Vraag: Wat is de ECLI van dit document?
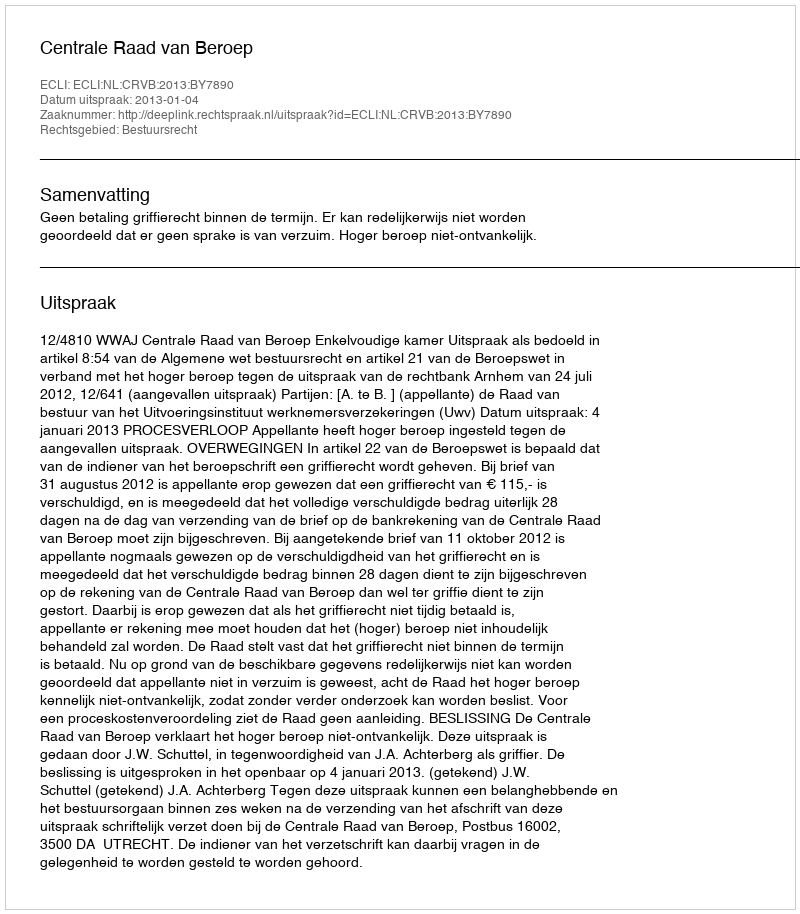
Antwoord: ECLI:NL:CRVB:2013:BY7890